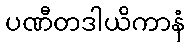
ပဏီတဒါယိကာနံ